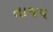
તાજપ